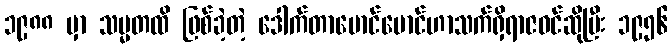
၁၉၈၈ မှာ သမ္မတထိ ဖြစ်ခဲ့တဲ့ ဒေါက်တာမောင်မောင်ဟာသက်ရှိရာဇဝင်ဆိုပြီး ၁၉၅၆